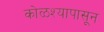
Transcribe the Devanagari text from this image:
कोळश्यापासून